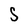
Character: S